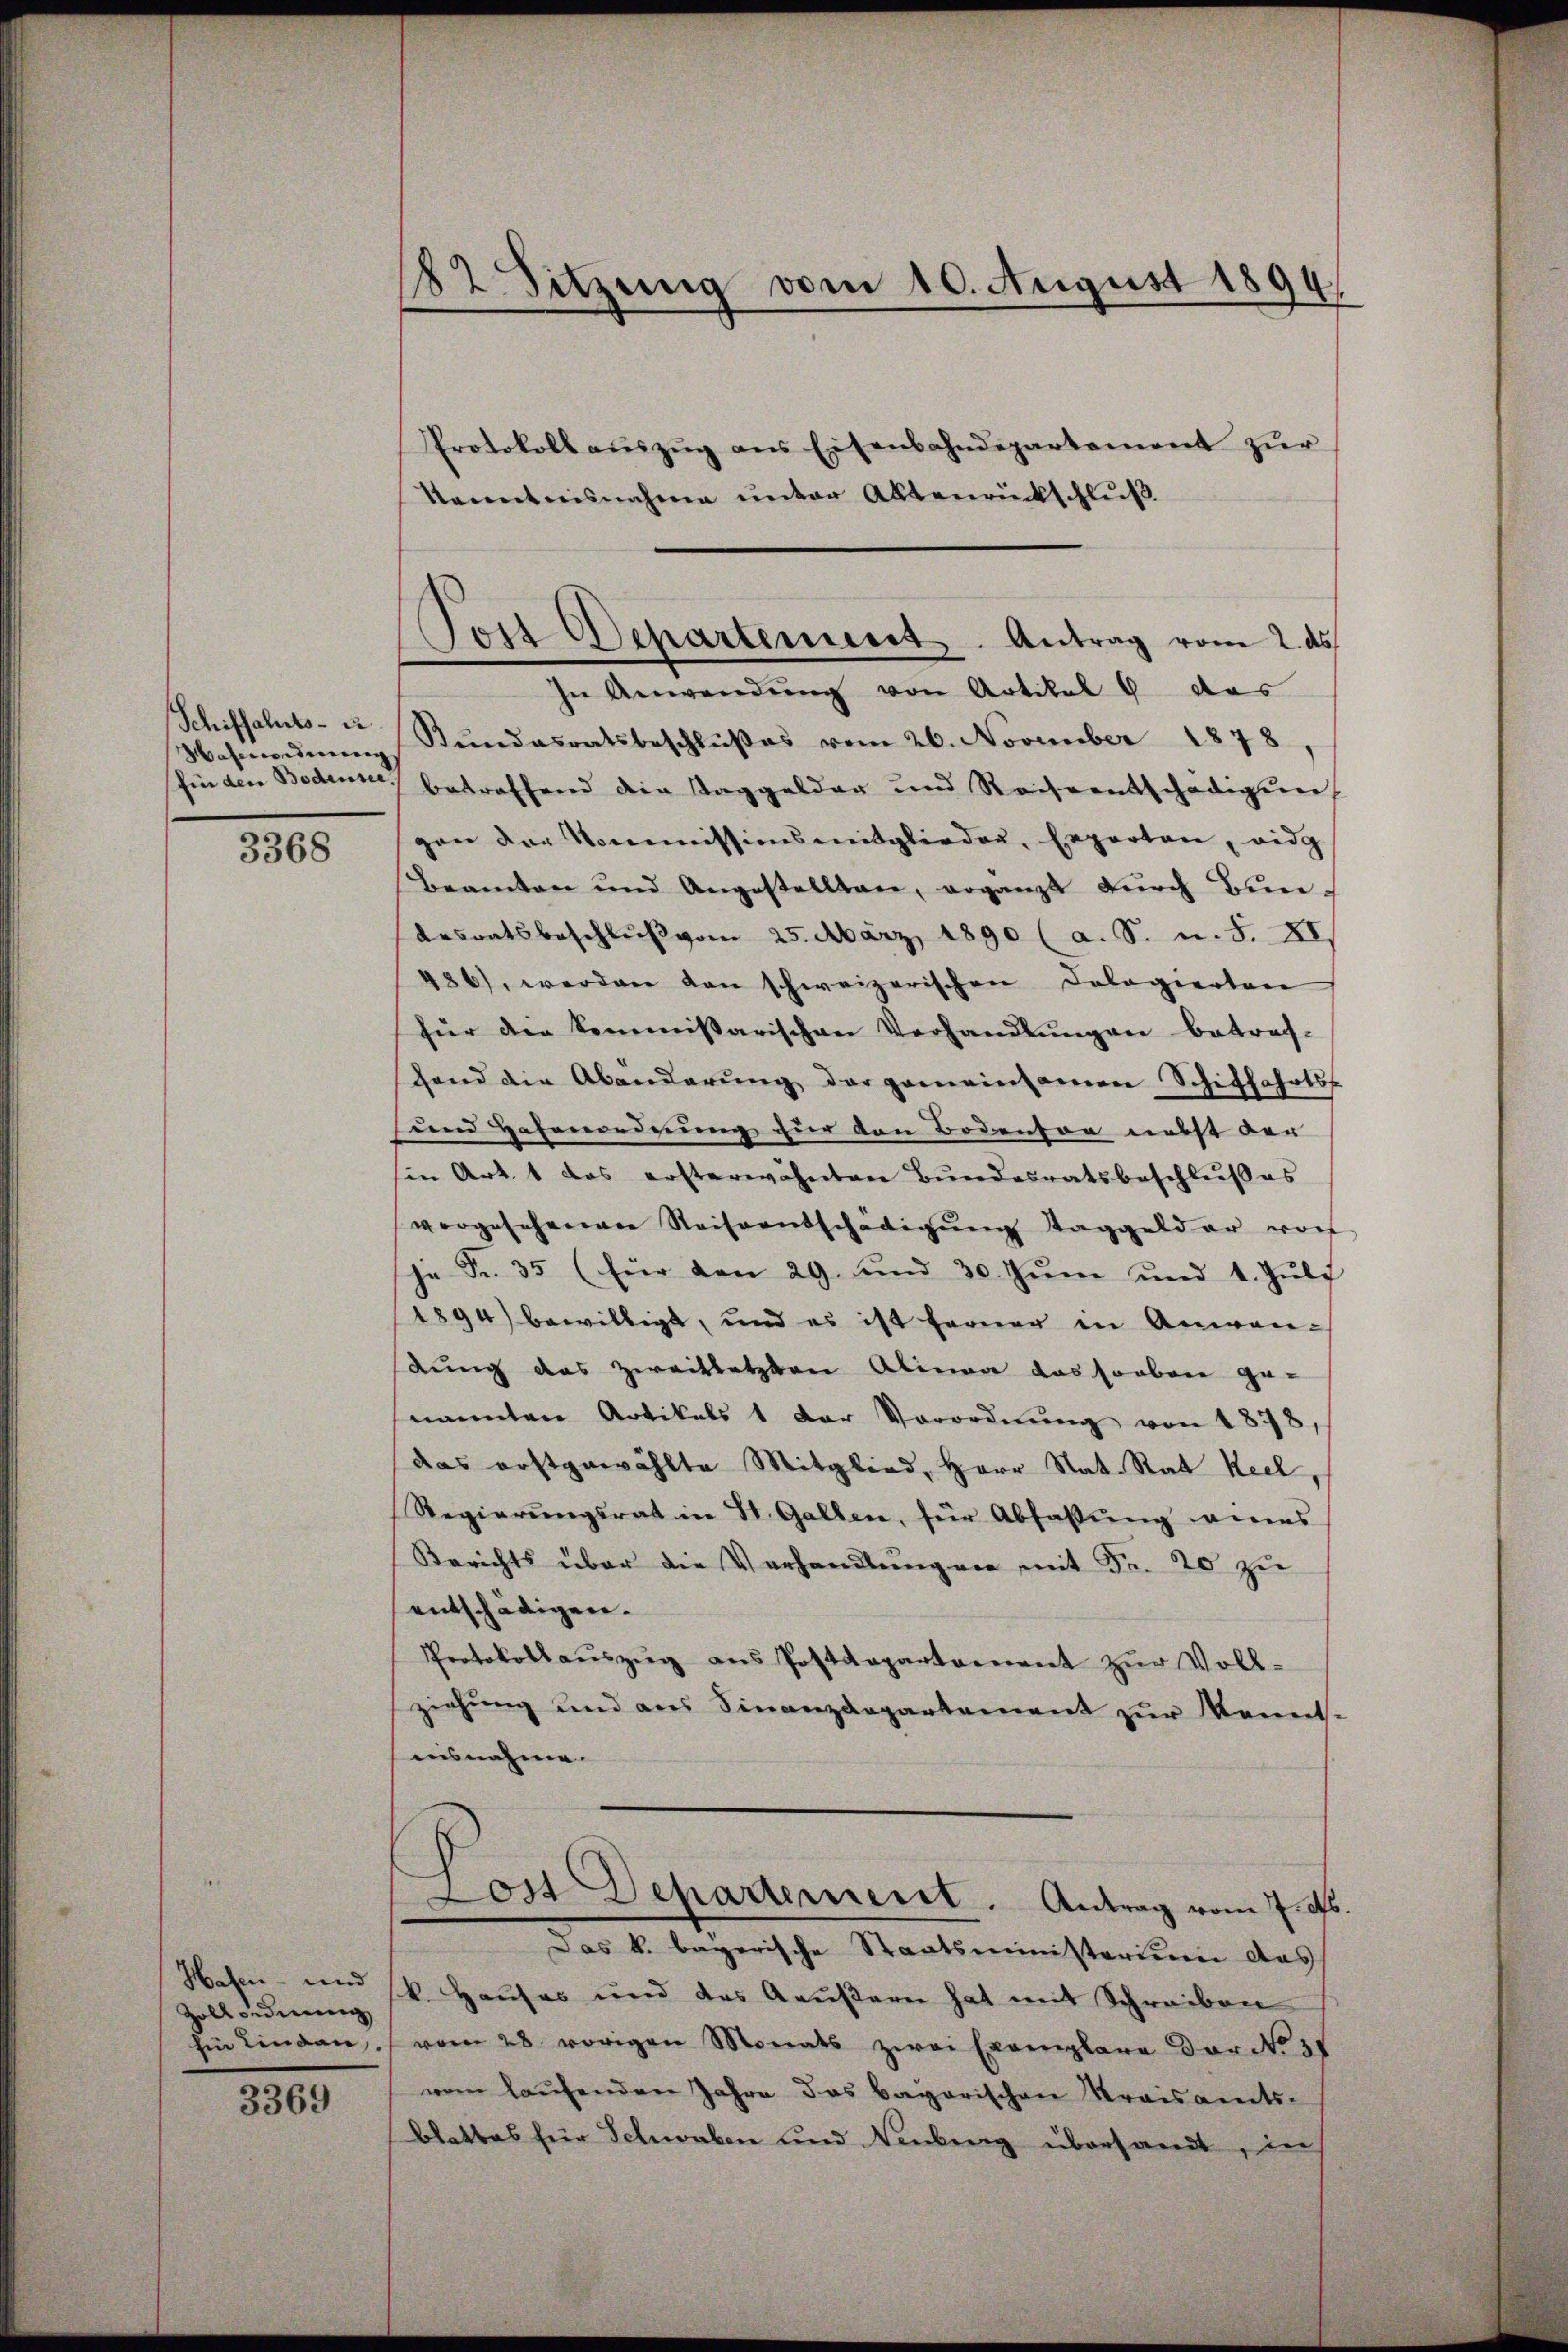
Schiffahrts- u

3368

Hasen- und
Zollorderung

3369

182 Sitzung vom 10. August 1894

Von Departement. Antrag vom 2. ds.

Protokoll aŭszŭg ans Eisenbahndepartement zŭr
kenntnisnahme unter Aktenrückschluß
In Anwendŭng von Artikel 8 das
Wasmordnung Stundesratsbeschlußes vom 26. November 1878
fin den Boden, betreffend die Taggelder und Reiseentschädigung
gen der Kommissionsmitglieden, Experten, eidg
Beamten und Angestellten, ergänzt dŭrch Bundesratsbeschlŭβ vom 25. März 1890 (a. S. u. S. XI.
486), werden von schweizerischen Cologierten
für den kommissarischen Verhandlŭngen betref-
fend die Abänderung der gemeinsamen Schiffahrts-
und Hafenordnung für den Bodenson nicht der |
sin Art. 1 das ersterwähnten Bŭndesratsbeschlŭβes
vergesehenen Reiseentschädigŭng Taggelder vorh
Fr. 35 (für den 29. und 30. Jŭni und 4. Jŭli
1894) bewilligt, und es ist ferner in Anwen-
dung das Zweitletzten Alinea das soeben ge-
nannten Artikels 1 der Verordnŭng von 1878,
das erstgewählte Mitglied, Herr Nat. Rat Keel,
Regierŭngsrat in St. Gallen, für Abfassung eines
Berichts über die Verhandlungen mit Fr. 20 zu
entschädigen.
Protokollaŭszŭg ans Postdepartement zŭr Voll-
ziehung und aus Finanzdepartement zur Kennt-
aisnahme.
Dort Departement. Antrag vom 7. ds.
Das k. bayerische Staatsministerium das
k. Hauses und das Aeußern hat mit Schreiben
hin Linden vom 28. vorigen Monats zwei Exemplare der No 3.
vom laufenden Jahre das bayerischen Kreisamts-
blattes für Schwaben und Neuberg übersandt, in